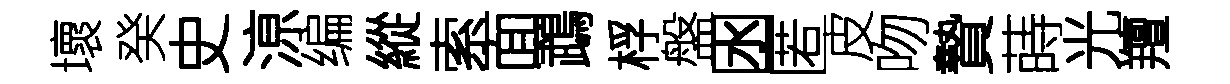
壞癸史鿌编縱索面鵡桴盤囦匿皮吻贄蒔光羶